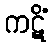
ကဋိံ